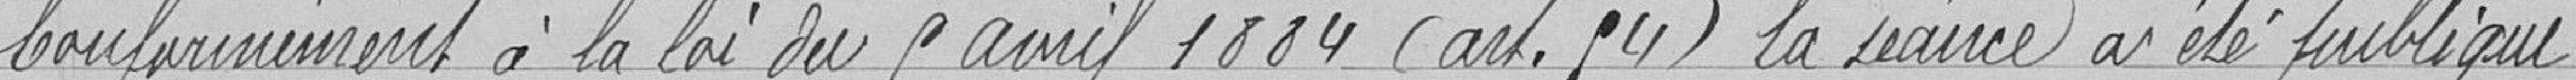
Conformément à la loi du 5 avril 1884 (art. 54) la séance a été publique.